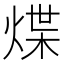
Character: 煠